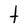
Character: t